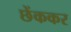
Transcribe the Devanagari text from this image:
छेंककर